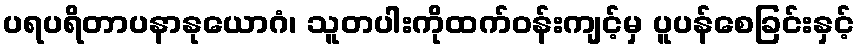
ပရပရိတာပနာနုယောဂံ၊ သူတပါးကိုထက်ဝန်းကျင့်မှ ပူပန်စေခြင်းနှင့်